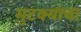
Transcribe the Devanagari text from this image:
मुटक्यांचा